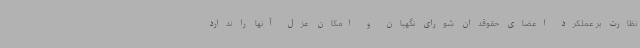
نظارت بر عملکرد اعضای حقوقدان شورای نگهبان و امکان عزل آنها را ندارد